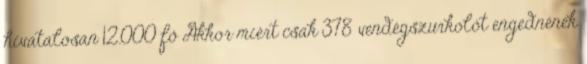
hivatalosan 12.000 fő Akkor miért csak 378 vendégszurkolót engednének